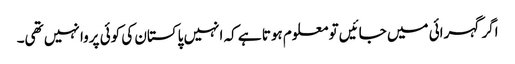
اگر گہرائی میں جائیں تو معلوم ہوتا ہے کہ انہیں پاکستان کی کوئی پروا نہیں تھی۔